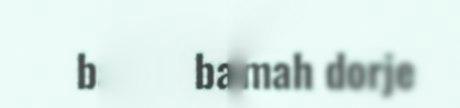
barkojne mah dorje